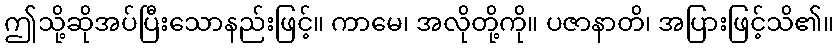
ဤသို့ဆိုအပ်ပြီးသောနည်းဖြင့်။ ကာမေ၊ အလိုတို့ကို။ ပဇာနာတိ၊ အပြားဖြင့်သိ၏။